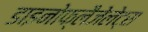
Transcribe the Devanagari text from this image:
डाइनोफ्लैजेलेट्स